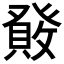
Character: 𤼹